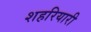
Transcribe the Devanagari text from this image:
शहरियारी